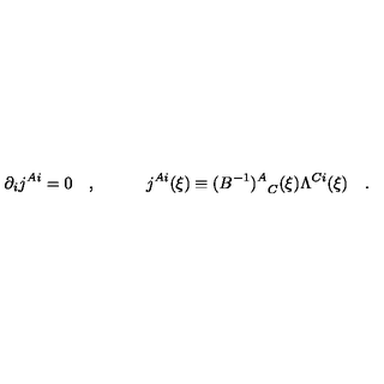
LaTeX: \partial _ { i } j ^ { A i } = 0 \quad , \quad \quad \quad j ^ { A i } ( \xi ) \equiv { ( B ^ { - 1 } ) ^ { A } } _ { C } ( \xi ) \Lambda ^ { C i } ( \xi ) \quad .